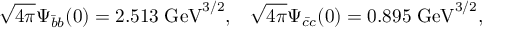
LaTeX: { \sqrt { 4 \pi } } \Psi _ { \bar { b } b } ( 0 ) = 2 . 5 1 3 \; \mathrm { G e V } ^ { 3 / 2 } , \; \; \; { \sqrt { 4 \pi } } \Psi _ { \bar { c } c } ( 0 ) = 0 . 8 9 5 \; \mathrm { G e V } ^ { 3 / 2 } ,